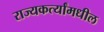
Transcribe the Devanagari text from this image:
राज्यकर्त्यांमधील